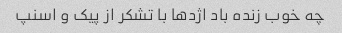
چه خوب زنده باد اژدها با تشکر از پیک و اسنپ